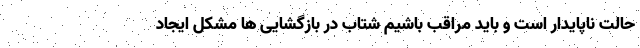
حالت ناپایدار است و باید مراقب باشیم شتاب در بازگشایی ها مشکل ایجاد